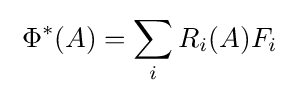
\;\Phi ^{*}(A)=\sum _{i}R_{i}(A)F_{i}